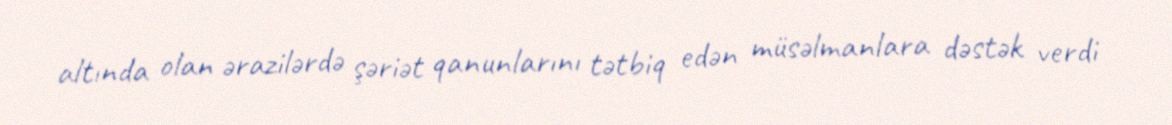
altında olan ərazilərdə şəriət qanunlarını tətbiq edən müsəlmanlara dəstək verdi